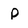
Character: p